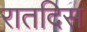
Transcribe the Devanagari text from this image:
रातदिस